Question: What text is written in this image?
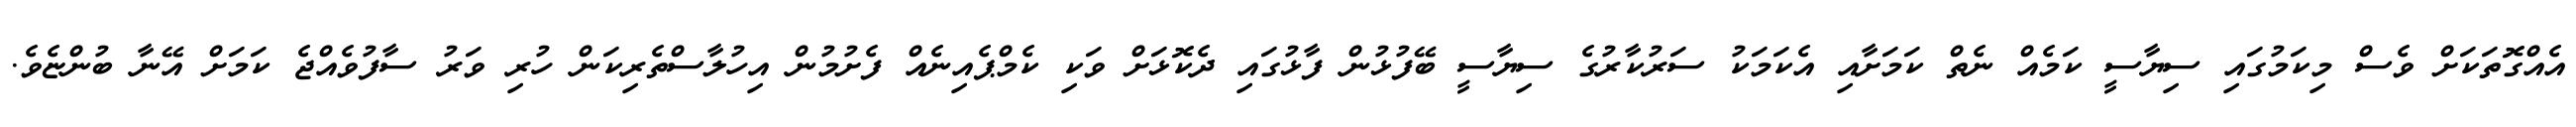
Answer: އެއްގޮތަކަށް ވެސް މިކަމުގައި ސިޔާސީ ކަމެއް ނެތް ކަމަށާއި އެކަމަކު ސަރުކާރުގެ ސިޔާސީ ބޭފުޅުން ފާޅުގައި ދެކޮޅަށް ވަކި ކެމްޕެއިނެއް ފެށުމުން އިހުލާސްތެރިކަން ހުރި ވަރު ސާފުވެއްޖެ ކަމަށް އޭނާ ބުންޏެވެ.